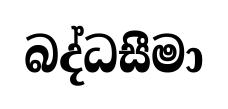
බද්ධසීමා